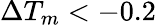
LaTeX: \Delta T_{m}<-0.2